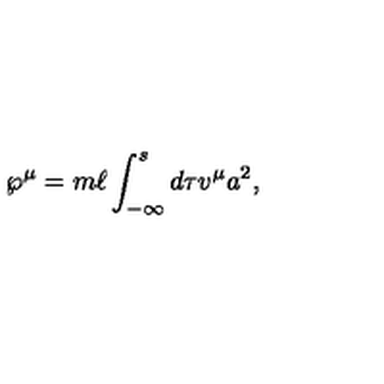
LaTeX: { \wp } ^ { \mu } = m \ell \int _ { - \infty } ^ { s } d \tau v ^ { \mu } a ^ { 2 } ,